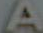
A